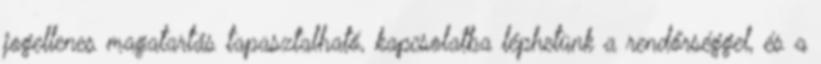
jogellenes magatartás tapasztalható, kapcsolatba léphetünk a rendőrséggel, és a